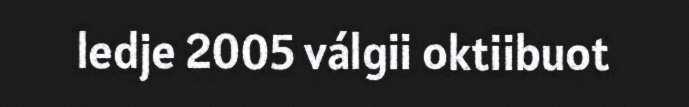
ledje 2005 válgii oktiibuot